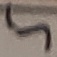
Text: 5